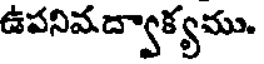
ఉపనివద్వాక్యము.